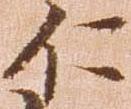
に